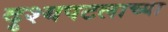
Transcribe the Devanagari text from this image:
दृश्यपटलाच्या